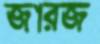
জারজ